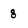
Character: 8